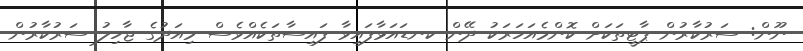
ނޫން: ސަރުކާރުން ޕާޓީތަކަށް ކޮންމެއަހަރަކު ދޭން ކނޑައަޅާފައިވާ ފައިސާތަކެއްވެސް މިއަދުގެ ޖާހިލު ސަރުކާރުން